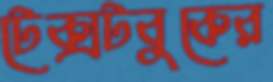
টেক্সটবুকের